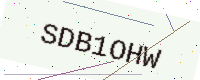
Text: SDB1OHW